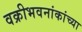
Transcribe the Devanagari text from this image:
वक्रीभवनांकांच्या